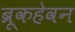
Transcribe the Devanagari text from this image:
ब्रूकहेवन